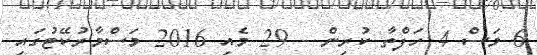
6 މަސް 4 ހަފްތާ ކުރިން - 29 މެއި 2016 މަސްމާރުކޭޓުގައި